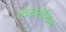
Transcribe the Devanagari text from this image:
स्केलेरौसिस